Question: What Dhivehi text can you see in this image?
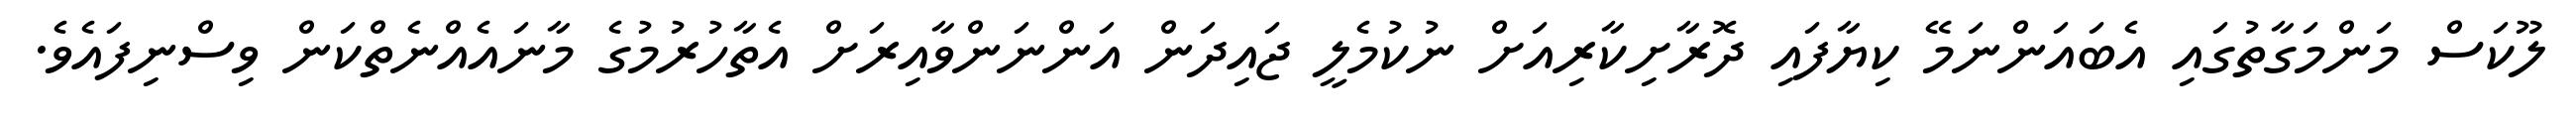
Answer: ލޫކަސް މަންމަގާތުގައި އެބައަންނަމޭ ކިޔާފައި ދޮރާށިކާރިއަށް ނުކުމެލީ ޖައިދަން އަންނަންވާއިރަށް އެތާހުރުމުގެ މާނައެއްނެތްކަން ވިސްނިފައެވެ.